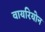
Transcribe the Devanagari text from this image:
वायरियोन